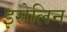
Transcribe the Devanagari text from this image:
इसेलिन